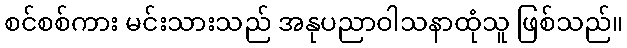
စင်စစ်ကား မင်းသားသည် အနုပညာဝါသနာထုံသူ ဖြစ်သည်။